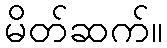
မိတ်ဆက်။